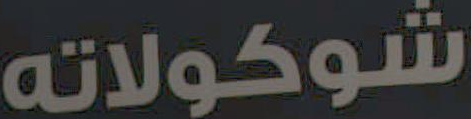
شوكولاته